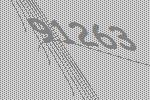
91263